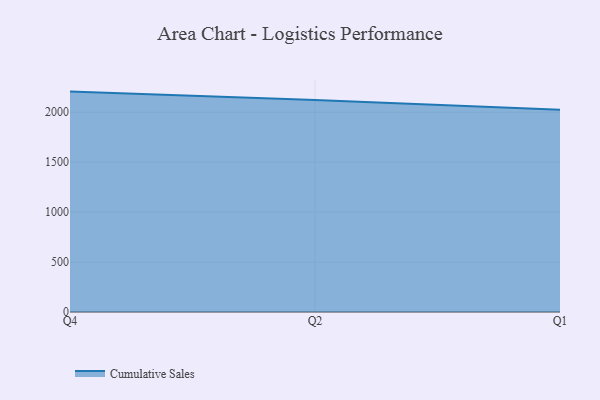
{"axis": {"x": "Quarter", "y": "Website Visitors"}, "legend": ["Cumulative Sales"], "data": [{"x": "Q4", "y": 2206.8, "type": "Cumulative Sales"}, {"x": "Q2", "y": 2122.7, "type": "Cumulative Sales"}, {"x": "Q1", "y": 2024.9, "type": "Cumulative Sales"}]}